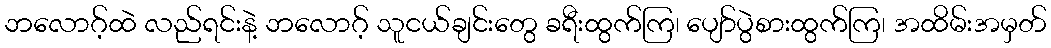
ဘလောဂ့်ထဲ လည်ရင်းနဲ့ ဘလောဂ့် သူငယ်ချင်းတွေ ခရီးထွက်ကြ၊ ပျော်ပွဲစားထွက်ကြ၊ အထိမ်းအမှတ်